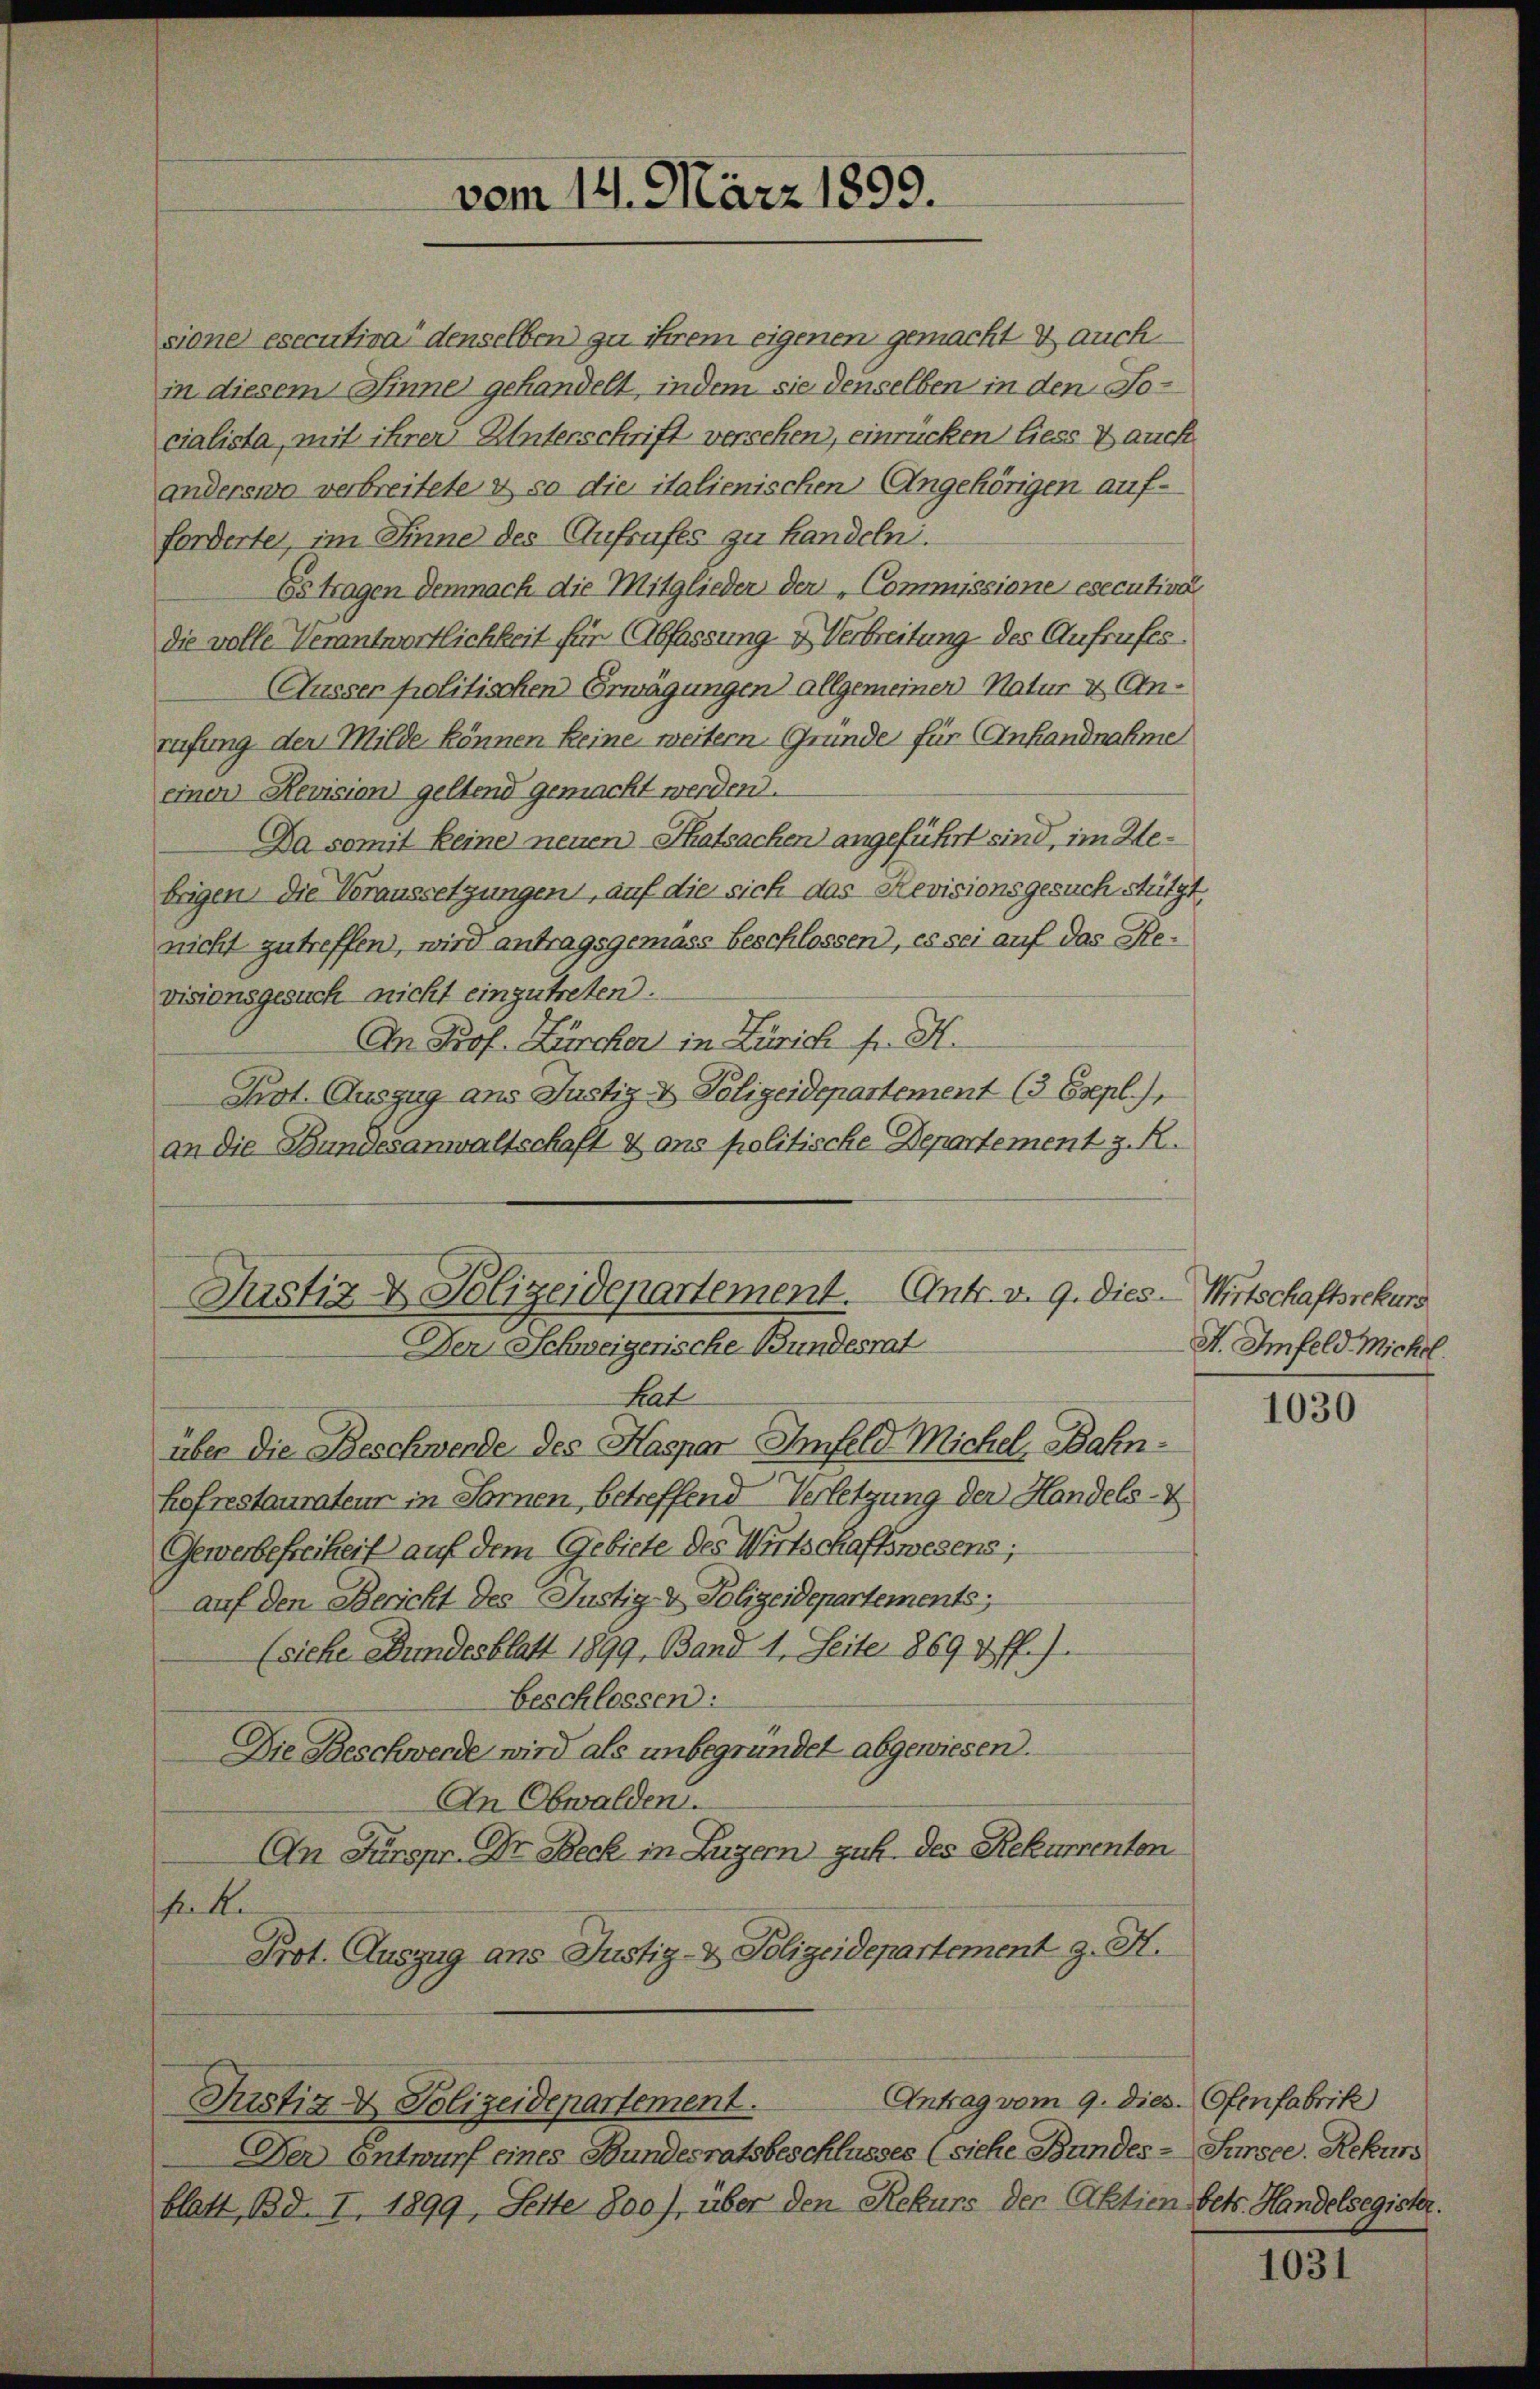
vom 14. März 1899.

sione esecutira“ denselben zu ihrem eigenen gemacht & auch
in diesem Sinne gehandelt, indem sie denselben in den Nocialista, mit ihrer Unterschrift versehen, einrücken liess auch
anderswo verbreitete & so die italienischen Angehörigen aufforderte, im Sinne des Aufrufes zu Handeln.
Es tragen demnach die Mitglieder der „Commissione esecutive
die volle Verantwortlichkeit für Abfassung & Verbreitung des Aufrufes.
Äusser politischen Erwägungen allgemeiner Natur & Anrufung der Milde können keine weitern Gründe für Anhandnahme
einen Revision geltend gemacht werden.
Da somit keine neuen Thatsachen angeführt sind, im Webrigen, die Voraussetzungen, auf die sich das Revisionsgesuch stützt
nicht zutreffen, wird antragsgemäss beschlossen, es sei auf das Revisionsgesuch nicht einzutreten.
An Prof. Zürcher in Zürich fr. K.
Prot. Auszug ans Justiz- & Polizeidepartement (3 Esepl.),
an die Bundesanwaltschaft & ans politische Departement z. R.

hofrestaurateur in Sonnen, betreffend Verletzung der Handels- &
Gewerbefreiheit auf dem Gebiete des Wirtschaftswesens;
auf den Bericht des Justiz- & Polizeidepartements;
(siche Bundesblatt 1899, Band 1. Seite 1869 & ff.).
beschlossen:
Die Beschwerde wird als unbegründet abgewiesen.
An Obwalden.
An Fürspr. Dr. Reck in Luzern gut. des Rekurrenton
halte
Prot. Auszug ans Justiz- & Polizeidepartement J. H.

Justiz- & Polizeidepartement. Antr. v. 9. Dies - Wirtschaftssekurs
Der Schweizerische Bundesrat
hat
über die Beschwende des Haspar Ihnfeld Michel, Bahn¬

Antrag vom 9. dies. Ofenfabrik
Justiz- & Polizeidepartement.

Der Entwurf eines Bundesratsbeschlusses (siehe Bundes- Sursee, Rekurs
blatt, Bd. I, 1899, Seite 800), über den Rekurs der Aktien betr. Handelsegister.

A. Imfeld Michel.

1030

1031